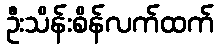
ဦးသိန်းစိန်လက်ထက်